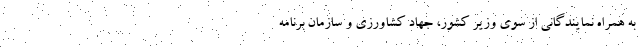
به همراه نمایندگانی از سوی وزیر کشور، جهاد کشاورزی و سازمان برنامه